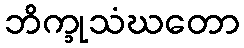
ဘိက္ခုသံဃတော